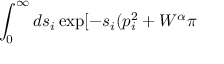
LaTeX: \int _ { 0 } ^ { \infty } d s _ { i } \exp [ - s _ { i } ( p _ { i } ^ { 2 } + { \cal W } ^ { \alpha } \pi